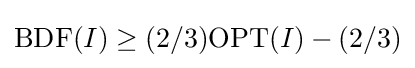
\mathrm {BDF} (I)\geq (2/3)\mathrm {OPT} (I)-(2/3)